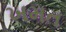
ખમત